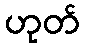
ဟုတ်